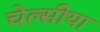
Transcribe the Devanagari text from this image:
चेल्सीया